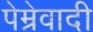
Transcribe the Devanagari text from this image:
पेम्रेवादी